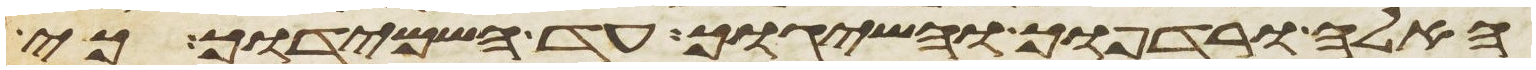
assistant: האלה ורדפוך והשיגוך עד השמידוך כי